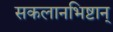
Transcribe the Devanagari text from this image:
सकलानभिष्टान्